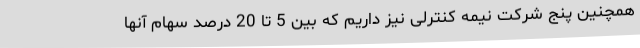
همچنین پنج شرکت نیمه کنترلی نیز داریم که بین 5 تا 20 درصد سهام ‌آنها